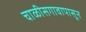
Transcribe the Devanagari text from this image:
चाळीसगावापासून